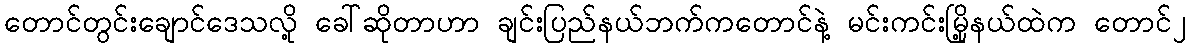
တောင်တွင်းချောင်ဒေသလို့ ခေါ်ဆိုတာဟာ ချင်းပြည်နယ်ဘက်ကတောင်နဲ့ မင်းကင်းမြို့နယ်ထဲက တောင်၂